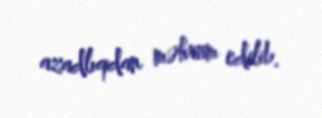
azadlıqdan məhrum edilib.